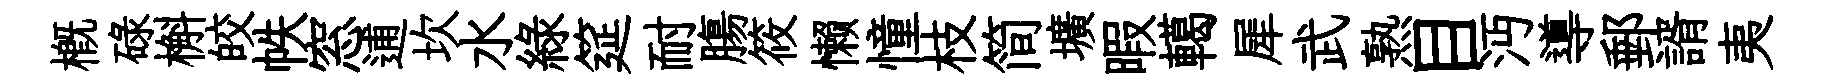
槪碌槲皎帙窓逋坎水綠筵耐膓筱懒憧枝简壙暇轕犀武熟目沔導郵諝夷